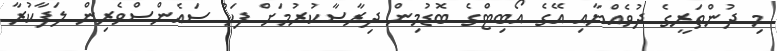
މި ދުންތަރީގެ ދުވެއްޔާއި އޭގެ އޯބިޓްގެ ބޮޑުމިން ދިރާސާކުރުމަށް ފަހު ސައެންސްވެރިން ލަފާކުރާ